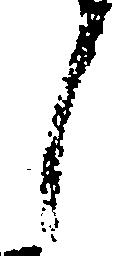
し